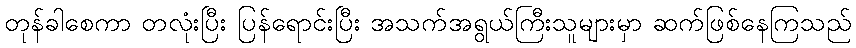
တုန်ခါစေကာ တလုံးပြီး ပြန်ရောင်းပြီး အသက်အရွယ်ကြီးသူများမှာ ဆက်ဖြစ်နေကြသည်